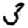
Digit: 3